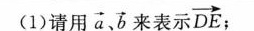
(1)请用 $$\overrightarrow{a}, \overrightarrow{b}$$ 来表示 $$\overrightarrow{DE}$$ ;